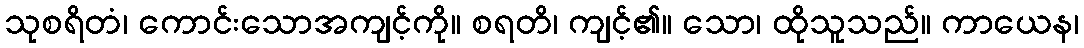
သုစရိတံ၊ ကောင်းသောအကျင့်ကို။ စရတိ၊ ကျင့်၏။ သော၊ ထိုသူသည်။ ကာယေန၊